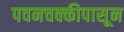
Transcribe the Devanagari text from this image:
पवनचक्कीपासून